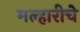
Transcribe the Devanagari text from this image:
मल्हारीचे